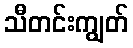
သီတင်းကျွတ်